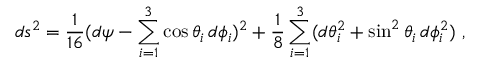
d s ^ { 2 } = \frac { 1 } { 1 6 } ( d \psi - \sum _ { i = 1 } ^ { 3 } \cos { \theta _ { i } } \, d \phi _ { i } ) ^ { 2 } + \frac { 1 } { 8 } \sum _ { i = 1 } ^ { 3 } ( d \theta _ { i } ^ { 2 } + \sin ^ { 2 } { \theta _ { i } } \, d \phi _ { i } ^ { 2 } ) \ ,